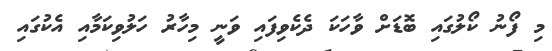
މި ފޯނު ކޯލުގައި ބޮޑަށް ވާހަކަ ދެކެވިފައި ވަނީ މިހާރު ހަލުވިކަމާއި އެކުގައި